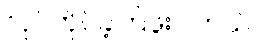
လုပ်ကိုင်ခဲ့ကြဖူးပါတယ်။